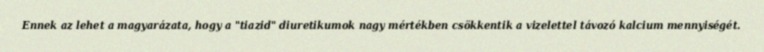
Ennek az lehet a magyarázata, hogy a "tiazid" diuretikumok nagy mértékben csökkentik a vizelettel távozó kalcium mennyiségét.